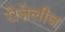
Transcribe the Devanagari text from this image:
रोज़ेलीज